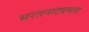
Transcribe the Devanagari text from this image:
भरतनाट्यमला